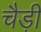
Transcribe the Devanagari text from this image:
चैड़ी